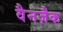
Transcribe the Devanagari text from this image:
वैनज़ैक